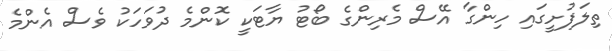
ތިލަފުށީގައި ހިންގާ އޭސް މެރިންގެ ބޯޓު ޔާޓަކީ ކޮންމެ ދުވަހަކު ވެސް އެންމެ